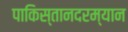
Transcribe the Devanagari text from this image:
पाकिस्तानदरम्यान